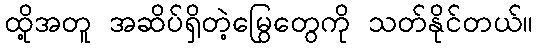
ထို့အတူ အဆိပ်ရှိတဲ့မြွေတွေကို သတ်နိုင်တယ်။